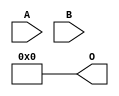
/***
* This code is a part of EvoApproxLib library (ehw.fit.vutbr.cz/approxlib) distributed under The MIT License.
* When used, please cite the following article(s): PRABAKARAN B. S., MRAZEK V., VASICEK Z., SEKANINA L., SHAFIQUE M. ApproxFPGAs: Embracing ASIC-based Approximate Arithmetic Components for FPGA-Based Systems. DAC 2020. 
***/
// MAE% = 24.81 %
// MAE = 16256 
// WCE% = 99.22 %
// WCE = 65025 
// WCRE% = 100.00 %
// EP% = 99.22 %
// MRE% = 100.00 %
// MSE = 47164.981e4 
// FPGA_POWER = 0.24
// FPGA_DELAY = 0
// FPGA_LUT = 0

module mul8u_199Z (
    A,
    B,
    O
);

input [7:0] A;
input [7:0] B;
output [15:0] O;
assign O[15] = 1'b0;
assign O[14] = 1'b0;
assign O[13] = 1'b0;
assign O[12] = 1'b0;
assign O[11] = 1'b0;
assign O[10] = 1'b0;
assign O[9] = 1'b0;
assign O[8] = 1'b0;
assign O[7] = 1'b0;
assign O[6] = 1'b0;
assign O[5] = 1'b0;
assign O[4] = 1'b0;
assign O[3] = 1'b0;
assign O[2] = 1'b0;
assign O[1] = 1'b0;
assign O[0] = 1'b0;

endmodule